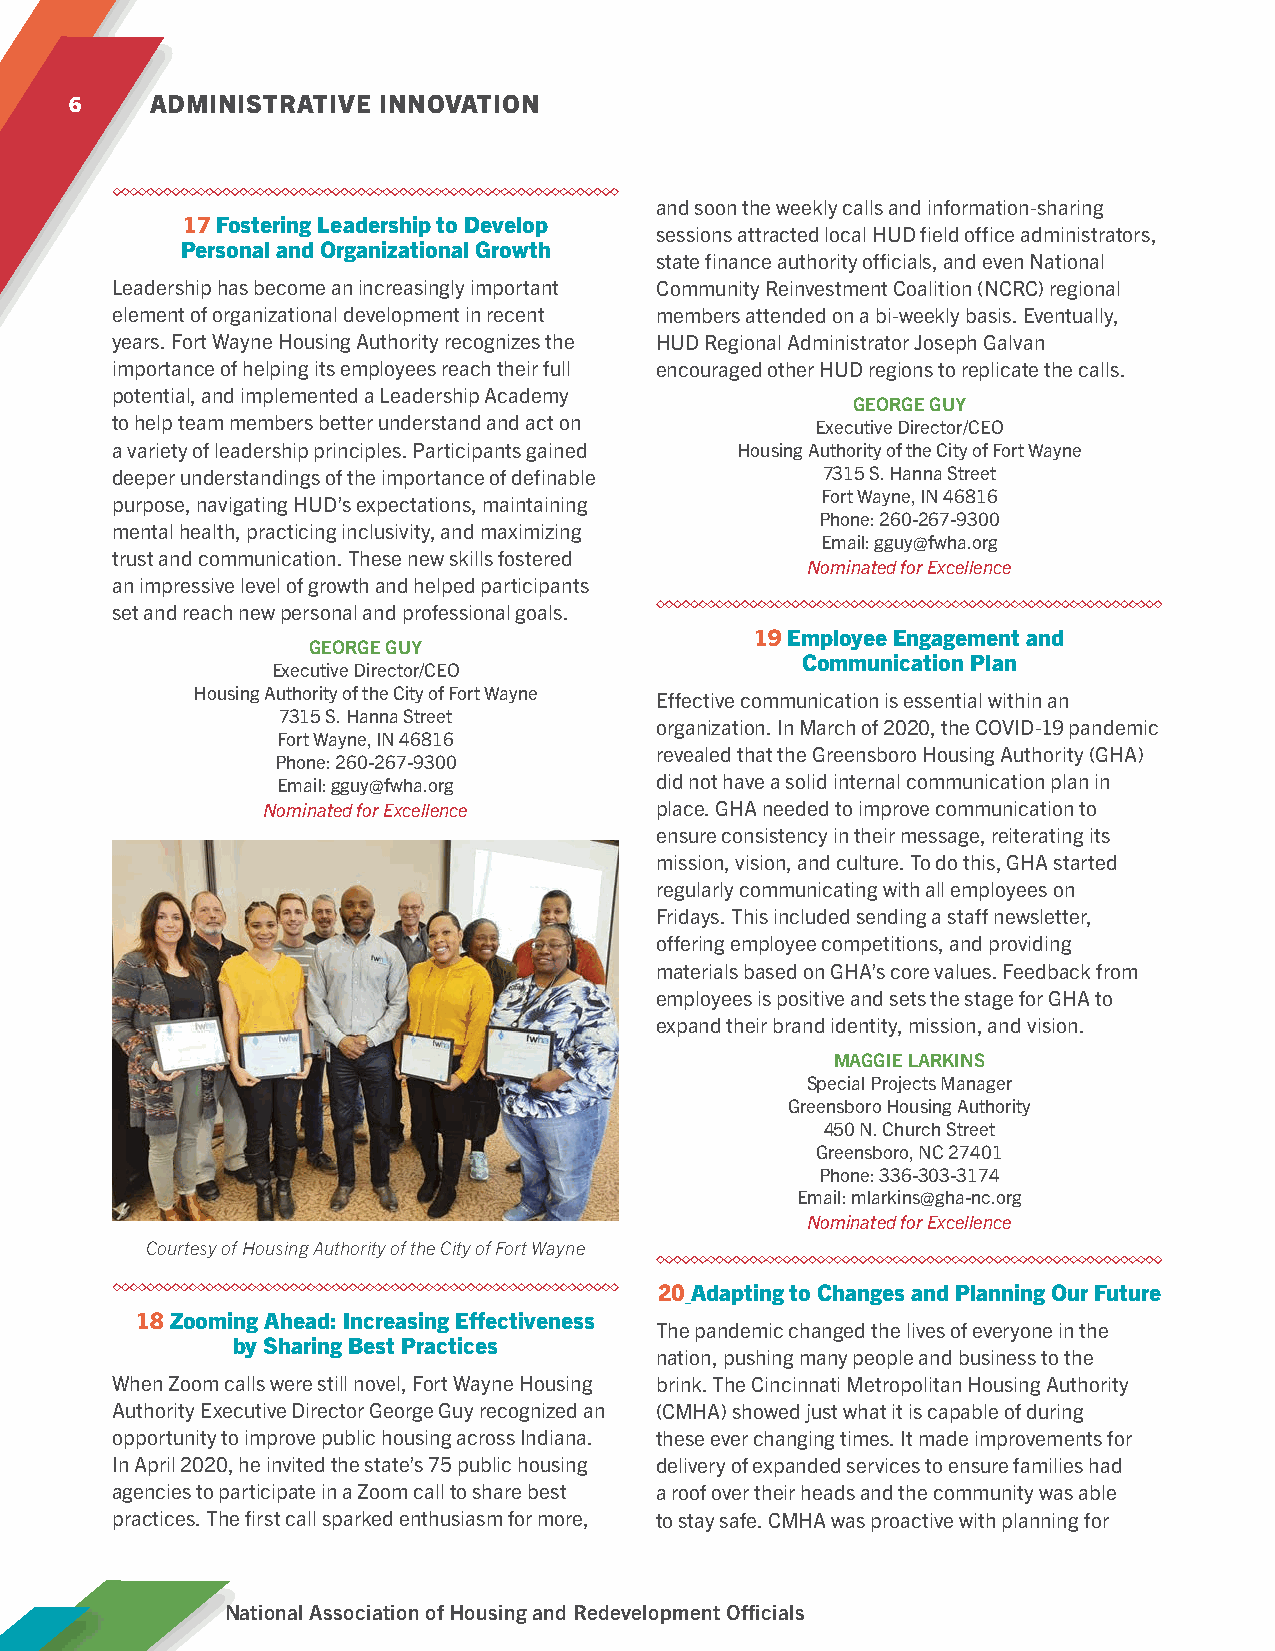
6    ADMINISTRATIVE INNOVATION
 and soon the weekly calls and information-sharing
 17 Fostering Leadership to Develop
 sessions attracted local HUD field office administrators,
 Personal and Organizational Growth
 state finance authority officials, and even National
 Leadership has become an increasingly important Community Reinvestment Coalition (NCRC) regional
 element of organizational development in recent members attended on a bi-weekly basis. Eventually,
 years. Fort Wayne Housing Authority recognizes the HUD Regional Administrator Joseph Galvan
 importance of helping its employees reach their full encouraged other HUD regions to replicate the calls.
 potential, and implemented a Leadership Academy
 GEORGE GUY
 to help team members better understand and act on Executive Director/CEO
 a variety of leadership principles. Participants gained Housing Authority of the City of Fort Wayne
 deeper understandings of the importance of definable 7315 S. Hanna Street
 Fort Wayne, IN 46816
 purpose, navigating HUD’s expectations, maintaining
 Phone: 260-267-9300
 mental health, practicing inclusivity, and maximizing
 Email: gguy@fwha.org
 trust and communication. These new skills fostered
 Nominated for Excellence
 an impressive level of growth and helped participants
 set and reach new personal and professional goals.
 19 Employee Engagement and
 GEORGE GUY
 Communication Plan
 Executive Director/CEO
 Housing Authority of the City of Fort Wayne Effective communication is essential within an
 7315 S. Hanna Street
 organization. In March of 2020, the COVID-19 pandemic
 Fort Wayne, IN 46816
 revealed that the Greensboro Housing Authority (GHA)
 Phone: 260-267-9300
 Email: gguy@fwha.org     did not have a solid internal communication plan in
 Nominated for Excellence  place. GHA needed to improve communication to
 ensure consistency in their message, reiterating its
 mission, vision, and culture. To do this, GHA started
 regularly communicating with all employees on
 Fridays. This included sending a staff newsletter,
 offering employee competitions, and providing
 materials based on GHA’s core values. Feedback from
 employees is positive and sets the stage for GHA to
 expand their brand identity, mission, and vision.
 MAGGIE LARKINS
 Special Projects Manager
 Greensboro Housing Authority
 450 N. Church Street
 Greensboro, NC 27401
 Phone: 336-303-3174
 Email: mlarkins@gha-nc.org
 Nominated for Excellence
 Courtesy of Housing Authority of the City of Fort Wayne
 20 Adapting to Changes and Planning Our Future
 18 Zooming Ahead: Increasing Effectiveness
 The pandemic changed the lives of everyone in the
 by Sharing Best Practices
 nation, pushing many people and business to the
 When Zoom calls were still novel, Fort Wayne Housing brink. The Cincinnati Metropolitan Housing Authority
 Authority Executive Director George Guy recognized an (CMHA) showed just what it is capable of during
 opportunity to improve public housing across Indiana. these ever changing times. It made improvements for
 In April 2020, he invited the state’s 75 public housing delivery of expanded services to ensure families had
 agencies to participate in a Zoom call to share best a roof over their heads and the community was able
 practices. The first call sparked enthusiasm for more, to stay safe. CMHA was proactive with planning for
 National Association of Housing and Redevelopment Officials